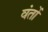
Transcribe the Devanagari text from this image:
वंतों